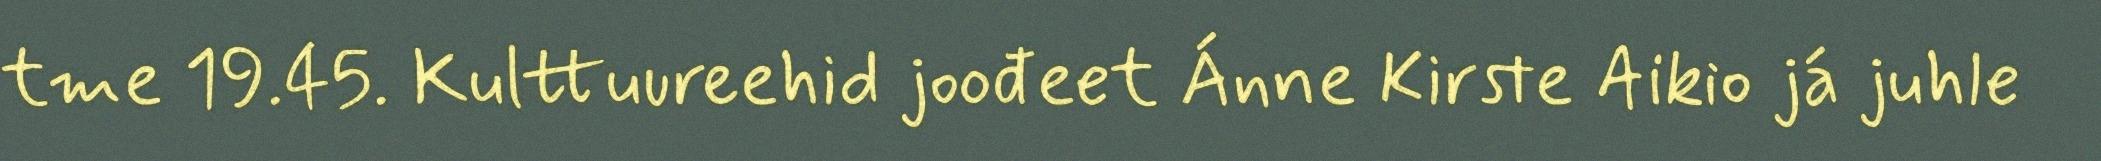
tme 19.45. Kulttuureehid joođeet Ánne Kirste Aikio já juhle